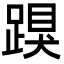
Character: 䠐